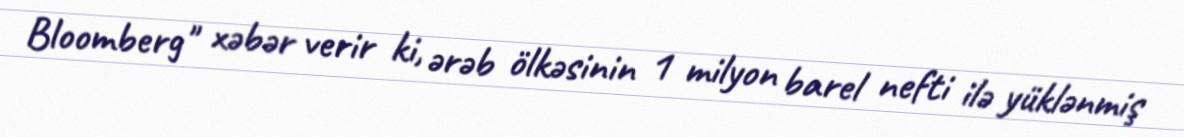
Bloomberg" xəbər verir ki, ərəb ölkəsinin 1 milyon barel nefti ilə yüklənmiş